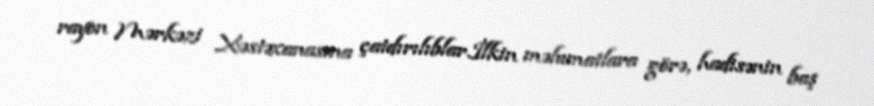
rayon Mərkəzi Xəstəxanasına çatdırılıblar.İlkin məlumatlara görə, hadisənin baş